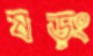
ষড়ং